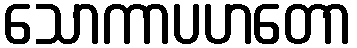
သောကာပဟတော